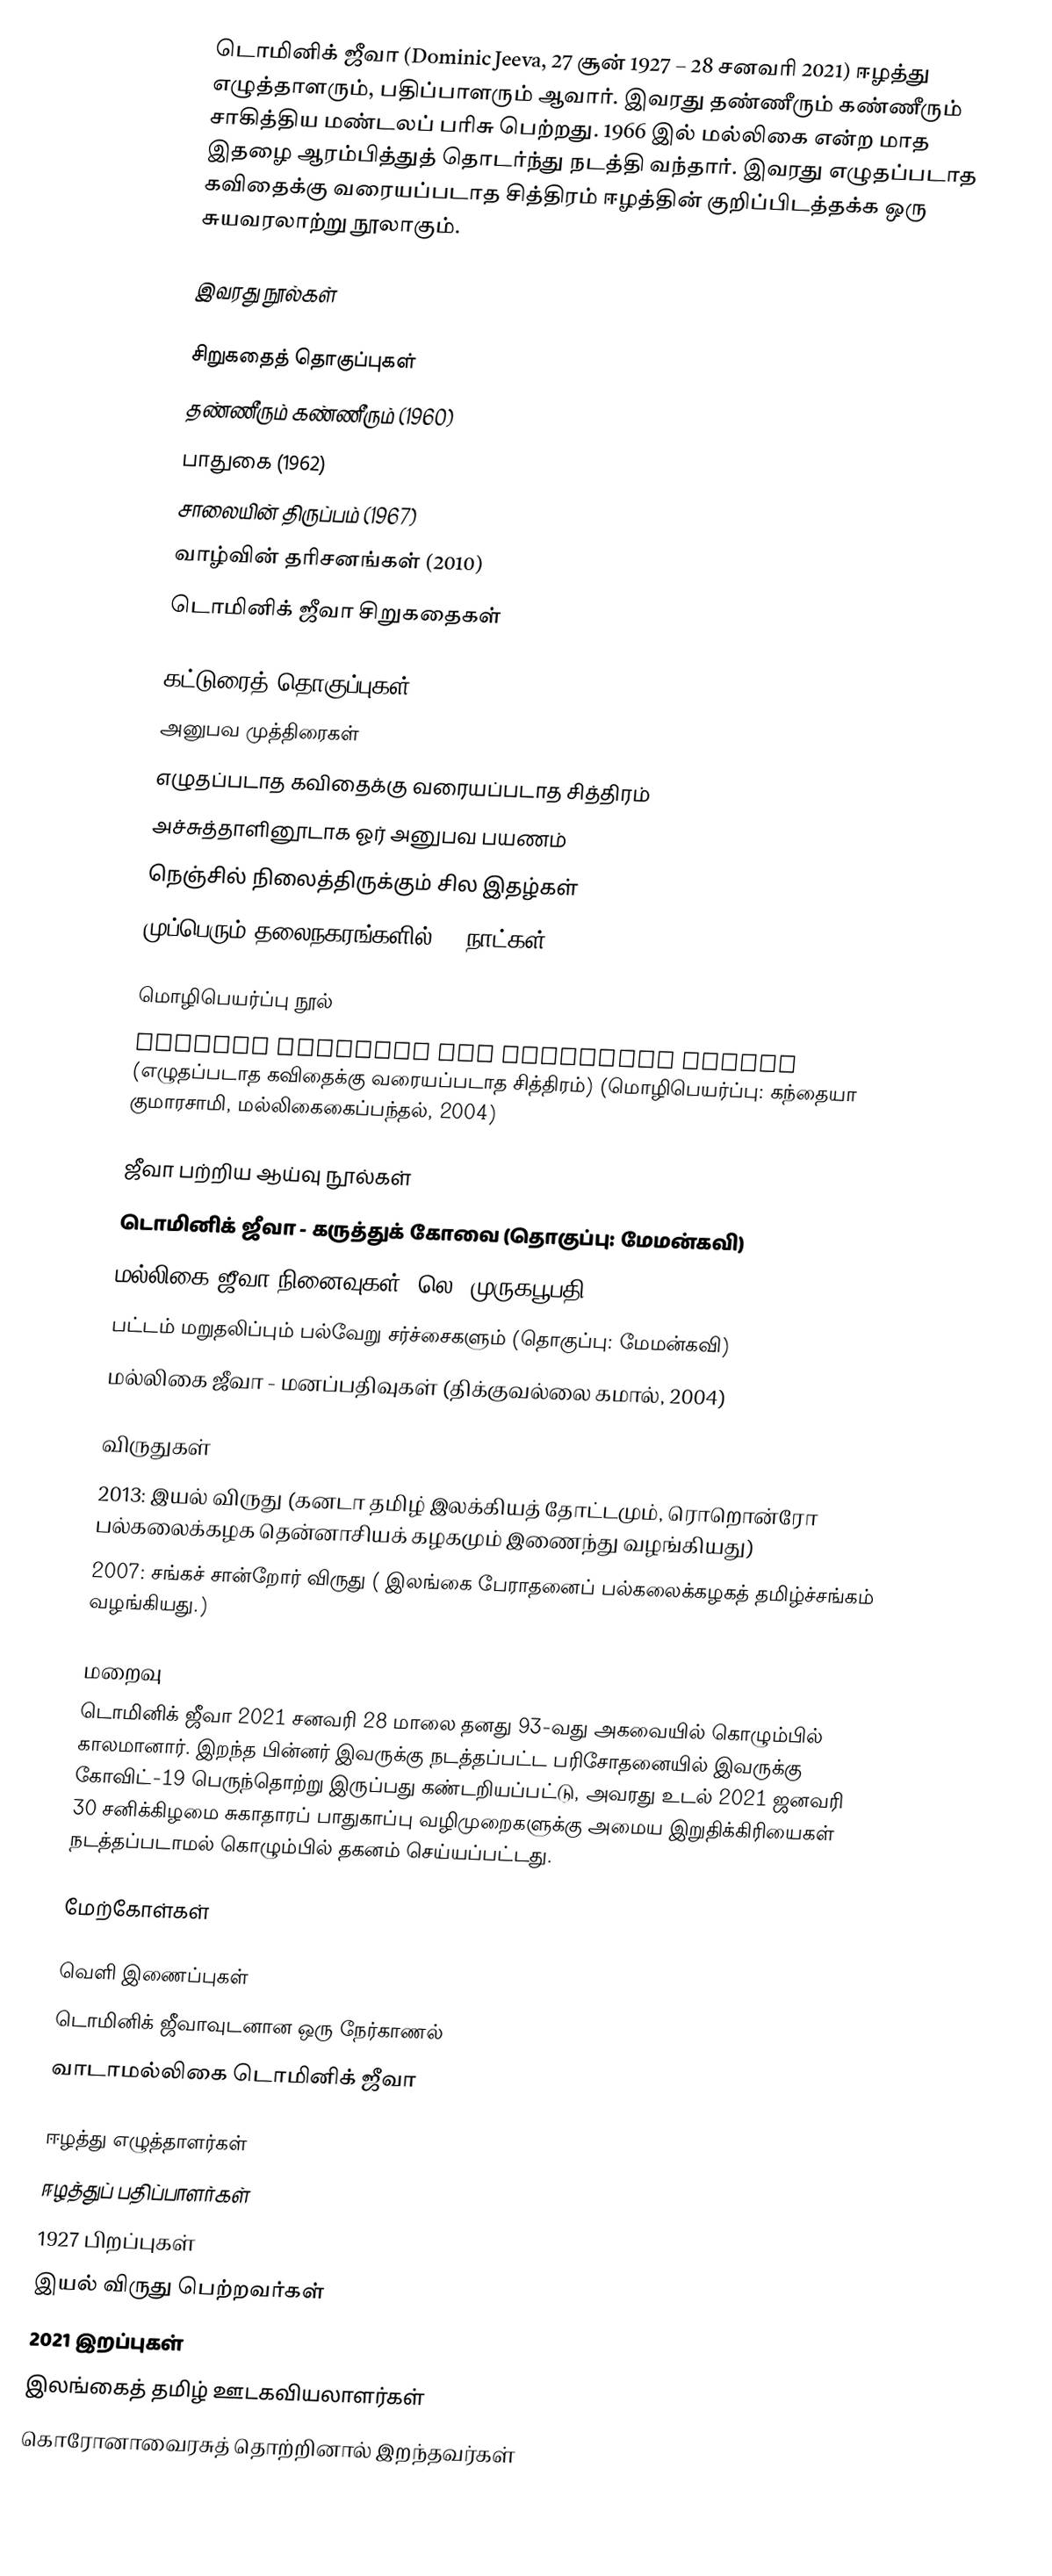
டொமினிக் ஜீவா (Dominic Jeeva, 27 சூன்  1927 – 28 சனவரி  2021) ஈழத்து எழுத்தாளரும், பதிப்பாளரும் ஆவார். இவரது தண்ணீரும் கண்ணீரும் சாகித்திய மண்டலப் பரிசு பெற்றது. 1966 இல் மல்லிகை என்ற மாத இதழை ஆரம்பித்துத் தொடர்ந்து நடத்தி வந்தார். இவரது எழுதப்படாத கவிதைக்கு வரையப்படாத சித்திரம் ஈழத்தின் குறிப்பிடத்தக்க ஒரு சுயவரலாற்று நூலாகும்.

இவரது நூல்கள்

சிறுகதைத் தொகுப்புகள்
 தண்ணீரும் கண்ணீரும் (1960)
 பாதுகை (1962)
  சாலையின் திருப்பம் (1967)
 வாழ்வின் தரிசனங்கள் (2010)
 டொமினிக் ஜீவா சிறுகதைகள்

கட்டுரைத் தொகுப்புகள்
 அனுபவ முத்திரைகள்
 எழுதப்படாத கவிதைக்கு வரையப்படாத சித்திரம்
 அச்சுத்தாளினூடாக ஓர் அனுபவ பயணம்
 நெஞ்சில் நிலைத்திருக்கும் சில இதழ்கள்
 முப்பெரும் தலைநகரங்களில் 30 நாட்கள்

மொழிபெயர்ப்பு நூல்
 UNDRAWN PORTRAIT FOR UNWRITTEN POETRY (எழுதப்படாத கவிதைக்கு வரையப்படாத சித்திரம்) (மொழிபெயர்ப்பு: கந்தையா குமாரசாமி, மல்லிகைகைப்பந்தல், 2004)

ஜீவா பற்றிய ஆய்வு நூல்கள்
 டொமினிக் ஜீவா - கருத்துக் கோவை (தொகுப்பு: மேமன்கவி)
 மல்லிகை ஜீவா நினைவுகள் (லெ. முருகபூபதி, 2001)
 பட்டம் மறுதலிப்பும் பல்வேறு சர்ச்சைகளும் (தொகுப்பு: மேமன்கவி)
 மல்லிகை ஜீவா - மனப்பதிவுகள் (திக்குவல்லை கமால், 2004)

விருதுகள்
 2013: இயல் விருது (கனடா தமிழ் இலக்கியத் தோட்டமும், ரொறொன்ரோ பல்கலைக்கழக தென்னாசியக் கழகமும் இணைந்து வழங்கியது)
2007: சங்கச் சான்றோர் விருது ( இலங்கை பேராதனைப் பல்கலைக்கழகத் தமிழ்ச்சங்கம் வழங்கியது.)

மறைவு
டொமினிக் ஜீவா 2021 சனவரி 28 மாலை தனது 93-வது அகவையில் கொழும்பில் காலமானார். இறந்த பின்னர் இவருக்கு நடத்தப்பட்ட பரிசோதனையில் இவருக்கு கோவிட்-19 பெருந்தொற்று இருப்பது கண்டறியப்பட்டு, அவரது உடல் 2021 ஜனவரி 30 சனிக்கிழமை சுகாதாரப் பாதுகாப்பு வழிமுறைகளுக்கு அமைய இறுதிக்கிரியைகள் நடத்தப்படாமல் கொழும்பில் தகனம் செய்யப்பட்டது.

மேற்கோள்கள்

வெளி இணைப்புகள்
டொமினிக் ஜீவாவுடனான ஒரு நேர்காணல்
வாடாமல்லிகை டொமினிக் ஜீவா

ஈழத்து எழுத்தாளர்கள்
ஈழத்துப் பதிப்பாளர்கள்
1927 பிறப்புகள்
இயல் விருது பெற்றவர்கள்
2021 இறப்புகள்
இலங்கைத் தமிழ் ஊடகவியலாளர்கள்
கொரோனாவைரசுத் தொற்றினால் இறந்தவர்கள்